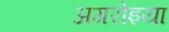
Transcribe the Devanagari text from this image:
अगरोइया